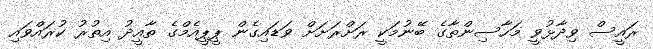
ރައީސް ވިދާޅުވީ މަހާސިންތާގެ ބޭނުމަކީ ރަށްރަށަށް ވަޑައިގެން ޕީޕީއެމްގެ ތާއީދު އިތުރު ކުރައްވައި